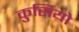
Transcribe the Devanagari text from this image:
कुर्सियो